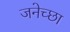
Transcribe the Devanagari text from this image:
जनेच्छा